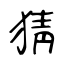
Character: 猜